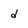
Character: d